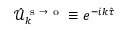
\hat { \mathcal { U } } _ { k } ^ { \mathrm { ~ s ~ } \to \mathrm { ~ o ~ } } \equiv e ^ { - i k \hat { \tau } }